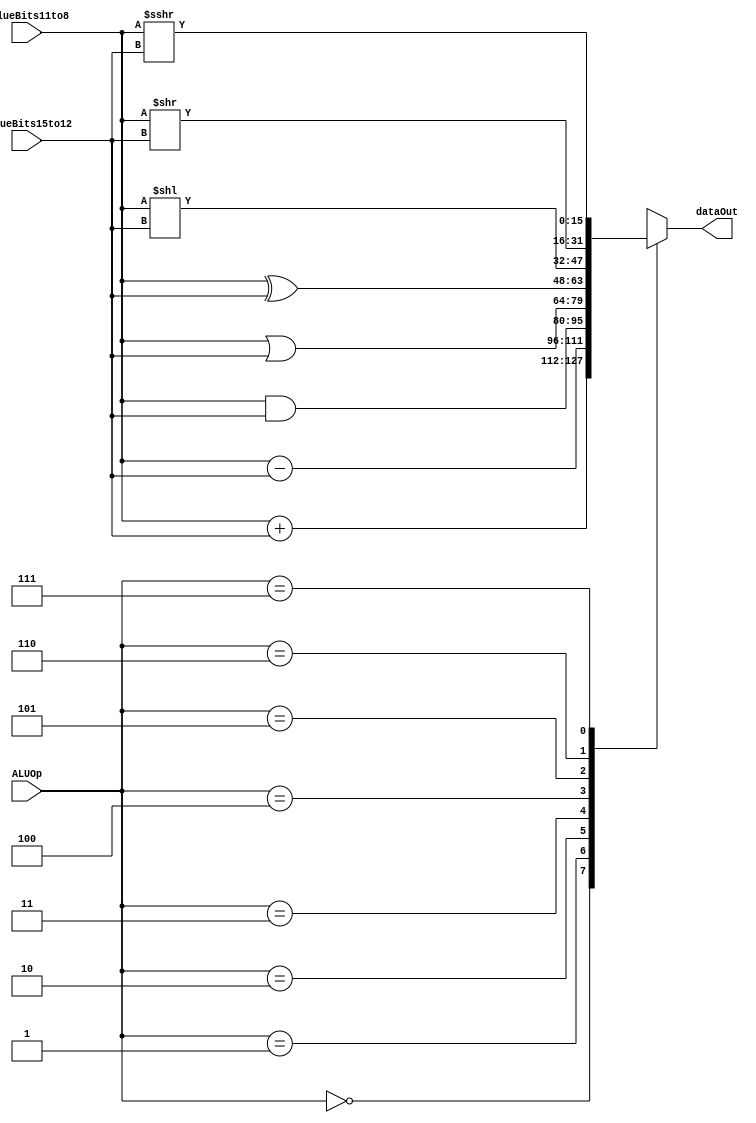
`timescale 1ns / 1ps
//////////////////////////////////////////////////////////////////////////////////
// Company: Auburn University ELEC5200
// 
// Design Name: CPU Project Part 3
// Module Name: ALU
//////////////////////////////////////////////////////////////////////////////////


module ALU(
    input [15:0] valueBits11to8,
    input [15:0] valueBits15to12,
    input [2:0] ALUOp,
    output reg [15:0] dataOut
    );
    
    always @(*)
        case(ALUOp)
            3'b000: dataOut = valueBits11to8 + valueBits15to12;
            
            3'b001: dataOut = valueBits11to8 - valueBits15to12;
            
            3'b010: dataOut = valueBits11to8 & valueBits15to12;
            
            3'b011: dataOut = valueBits11to8 | valueBits15to12;
            
            3'b100: dataOut = valueBits11to8 ^ valueBits15to12;
            
            3'b101: dataOut = valueBits11to8 << valueBits15to12;        //lsl
            
            3'b110: dataOut = valueBits11to8 >> valueBits15to12;        //lsr
            
            3'b111: dataOut = valueBits11to8 >>> valueBits15to12;       //asr
            
            default: dataOut = valueBits11to8 + 0;
            
        endcase
    
endmodule